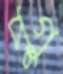
পুগু